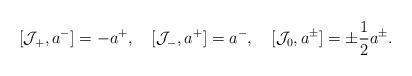
LaTeX: \begin{align*}[{\cal J}_+,a^-]=-a^+,\quad[{\cal J}_-,a^+]=a^-,\quad[{\cal J}_0,a^\pm]=\pm\frac{1}{2}a^\pm.\end{align*}